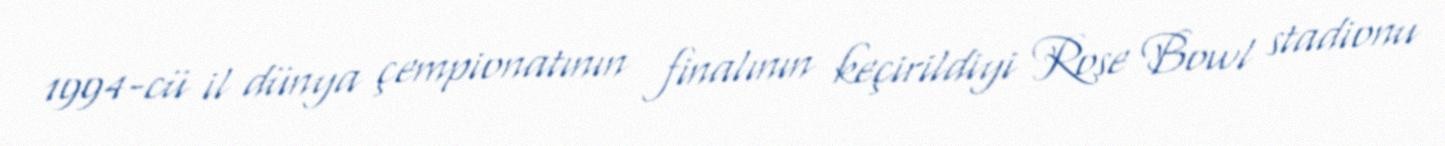
1994-cü il dünya çempionatının finalının keçirildiyi Rose Bowl stadionu